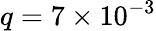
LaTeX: q=7\times 10^{-3}